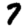
Digit: 7